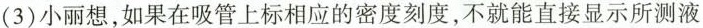
(3) 小丽想，如果在吸管上标相应的密度刻度，不就能直接显示所测液